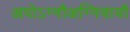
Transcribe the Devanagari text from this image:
अपोऽग्नौअग्निवायौ